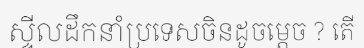
ស្ទីលដឹកនាំប្រទេសចិនដូចម្តេច ? តើ